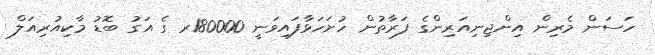
ހަސަން މެރިން އިންޖިނިއަރިންގެ ފަރާތުން ހުށަހަޅާފައިވަނީ 180000ރ ގެ އަގު ބޮޑު މާކިއުރިއަލް